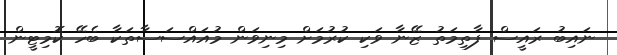
ނައިބު ރައީސް ފާތިމަތު ޒޭނާ ވަކި ކުރުމަށް މިނިވަން މުއައްސަސާތަކާ ބެހޭ ކޮމިޓީން